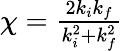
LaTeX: \begin{array}{r}{\chi=\frac{2k_{i}k_{f}}{k_{i}^{2}+k_{f}^{2}}}\end{array}